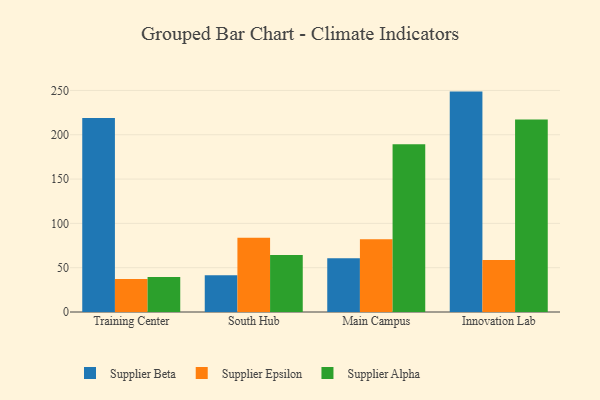
{"axis": {"x": "Campus", "y": "Shipments"}, "legend": ["Supplier Alpha", "Supplier Beta", "Supplier Epsilon"], "data": [{"x": "Training Center", "y": 218.8, "type": "Supplier Beta"}, {"x": "Training Center", "y": 37.1, "type": "Supplier Epsilon"}, {"x": "Training Center", "y": 39.5, "type": "Supplier Alpha"}, {"x": "South Hub", "y": 41.4, "type": "Supplier Beta"}, {"x": "South Hub", "y": 83.7, "type": "Supplier Epsilon"}, {"x": "South Hub", "y": 64.2, "type": "Supplier Alpha"}, {"x": "Main Campus", "y": 60.7, "type": "Supplier Beta"}, {"x": "Main Campus", "y": 82.0, "type": "Supplier Epsilon"}, {"x": "Main Campus", "y": 189.2, "type": "Supplier Alpha"}, {"x": "Innovation Lab", "y": 248.7, "type": "Supplier Beta"}, {"x": "Innovation Lab", "y": 58.7, "type": "Supplier Epsilon"}, {"x": "Innovation Lab", "y": 217.2, "type": "Supplier Alpha"}]}